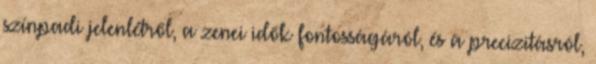
színpadi jelenlétről, a zenei idők fontosságáról, és a precizitásról,